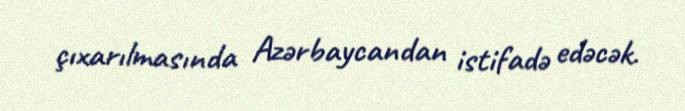
çıxarılmasında Azərbaycandan istifadə edəcək.